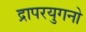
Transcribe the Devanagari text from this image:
द्रापरयुगनो